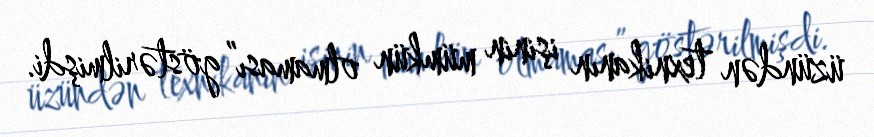
üzündən texnikanın işinin mümkün olmaması” göstərilmişdi.